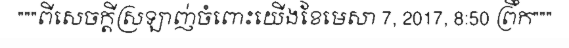
"""ពីសេចក្តីស្រឡាញ់ចំពោះយើងខែមេសា 7, 2017, 8:50 ព្រឹក"""